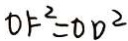
0 F ^ { 2 } = O D ^ { 2 }